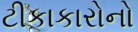
ટીકાકારોનો